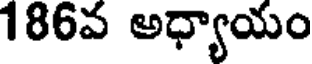
186వ అధ్యాయం